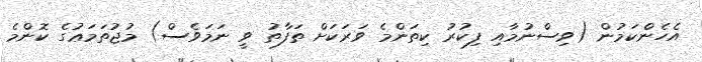
އެހެންކަމުން (ވިސްނުމާއި ފިކުރު ކިތަންމެ ވަރަކަށް ތަފާތު ވީ ނަމަވެސް) މުޖުތަމަޢުގެ ކޮންމެ